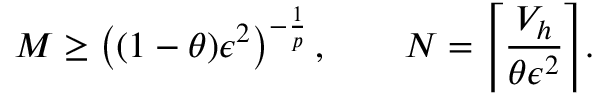
M \ge \left( ( 1 - \theta ) \epsilon ^ { 2 } \right) ^ { - \frac 1 { p } } , \qquad N = \Biggl \lceil \frac { V _ { h } } { \theta \epsilon ^ { 2 } } \Biggr \rceil .